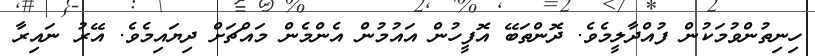
ހިނިތުންވުމަކުން ފުއްދާލީމެވެ. ދޮންތަބޭ އޮފީހުން އައުމުން އެންމެން މައްޗަށް ދިޔައިމެވެ. އޭރު ނައިރާ